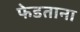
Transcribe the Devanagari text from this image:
फेडताना